Annual report of the Punjab Veterinary College and of the Civil Veterinary Department, Punjab - 1926-1932
Year: 1926
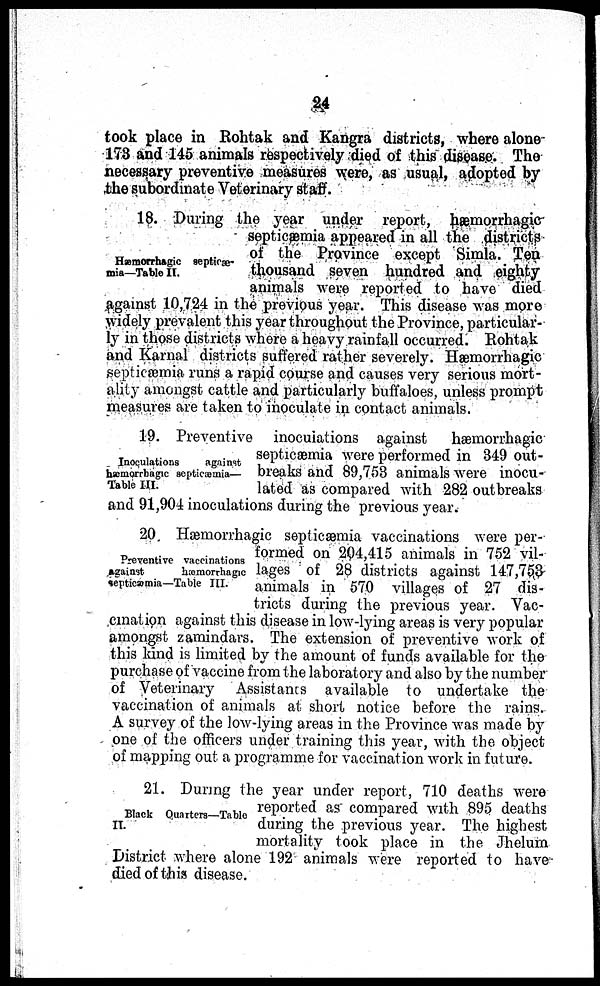
24
took place in Rohtak and Kangra districts, where alone
173 and 145 animals respectively died of this disease. The
necessary preventive measures were, as usual, adopted by
the subordinate Veterinary staff.
Hæmorrhagic septicæ-
mia—Table II.
18. During the year under report, hæmorrhagic
septicæmia appeared in all the districts
of the Province except Simla. Ten
thousand seven hundred and eighty
animals were reported to have died
against 10,724 in the previous year. This disease was more
widely prevalent this year throughout the Province, particular-
ly in those districts where a heavy rainfall occurred. Rohtak
and Karnal districts suffered rather severely. Hæmorrhagic
septicæmia runs a rapid course and causes very serious mort-
ality amongst cattle and particularly buffaloes, unless prompt
measures are taken to inoculate in contact animals.
Inoculations
against
hæmorrhagic septicæmia—
Table III.
19. Preventive inoculations against
hæmorrhagic
septicæmia were performed in 349 out-
breaks and 89,753 animals were inocu-
lated as compared with 282 outbreaks
and 91,904 inoculations during the previous year.
Preventive vaccinations
against
hæmorrhagic
septicæmia—Table III.
20. Hæmorrhagic septicæmia vaccinations were per-
formed on 204,415 animals in 752 vil-
lages of 28 districts against 147,753
animals in 570 villages of 27 dis-
tricts during the previous year. Vac-
cination against this disease in low-lying areas is very popular
amongst zamindars. The extension of preventive work of
this kind is limited by the amount of funds available for the
purchase of vaccine from the laboratory and also by the number
of Veterinary Assistants available to undertake the
vaccination of animals at short notice before the rains.
A survey of the low-lying areas in the Province was made by
one of the officers under training this year, with the object
of mapping out a programme for vaccination work in future.
Black Quarters—Table
II.
21. During the year under report, 710 deaths were
reported as compared with 895 deaths
during the previous year. The highest
mortality took place in the Jhelum
District where alone 192 animals were reported to have
died of this disease.